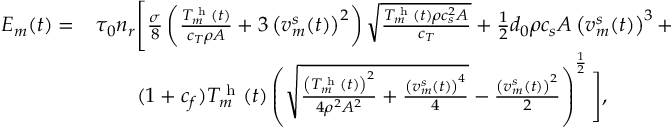
\begin{array} { r l } { E _ { m } ( t ) = } & { \tau _ { 0 } n _ { r } \Bigg [ \frac { \sigma } { 8 } \left( \frac { T _ { m } ^ { \textrm { h } } ( t ) } { c _ { T } \rho A } + 3 \left( v _ { m } ^ { s } ( t ) \right) ^ { 2 } \right) \sqrt { \frac { T _ { m } ^ { \textrm { h } } ( t ) \rho c _ { s } ^ { 2 } A } { c _ { T } } } + \frac { 1 } { 2 } d _ { 0 } \rho c _ { s } A \left( v _ { m } ^ { s } ( t ) \right) ^ { 3 } + } \\ & { \qquad ( 1 + c _ { f } ) T _ { m } ^ { \textrm { h } } ( t ) \left( \sqrt { \frac { \left( T _ { m } ^ { \textrm { h } } ( t ) \right) ^ { 2 } } { 4 \rho ^ { 2 } A ^ { 2 } } + \frac { \left( v _ { m } ^ { s } ( t ) \right) ^ { 4 } } { 4 } } - \frac { \left( v _ { m } ^ { s } ( t ) \right) ^ { 2 } } { 2 } \right) ^ { \frac { 1 } { 2 } } \Bigg ] , } \end{array}